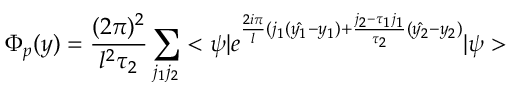
\Phi _ { p } ( y ) = \frac { ( 2 \pi ) ^ { 2 } } { l ^ { 2 } \tau _ { 2 } } \sum _ { j _ { 1 } j _ { 2 } } < \psi | e ^ { \frac { 2 i \pi } { l } ( j _ { 1 } ( \hat { y _ { 1 } } - y _ { 1 } ) + \frac { j _ { 2 } - \tau _ { 1 } j _ { 1 } } { \tau _ { 2 } } ( \hat { y _ { 2 } } - y _ { 2 } ) } | \psi >